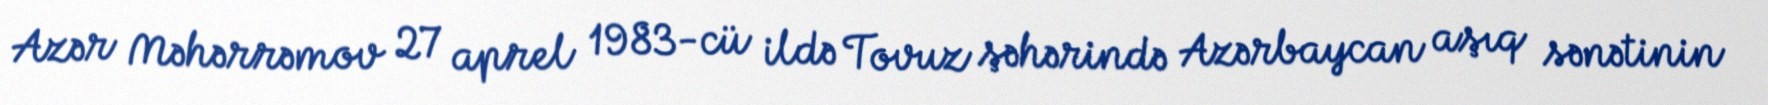
Azər Məhərrəmov 27 aprel 1983-cü ildə Tovuz şəhərində Azərbaycan aşıq sənətinin